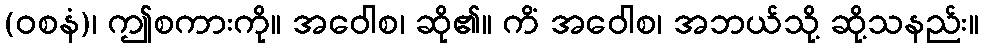
(ဝစနံ)၊ ဤစကားကို။ အဝေါစ၊ ဆို၏။ ကိံ အဝေါစ၊ အဘယ်သို့ ဆို့သနည်း။